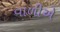
વાળીએ